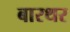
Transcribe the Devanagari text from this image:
बारथर